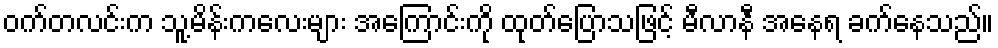
ဝက်တလင်းက သူ့မိန်းကလေးများ အကြောင်းကို ထုတ်ပြောသဖြင့် မီလာနီ အနေရ ခက်နေသည်။